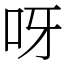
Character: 呀